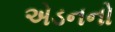
એડનનો